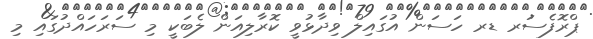
ޕްރޮފެސަރ ޑރ ހަސަން އުގައިލް ވިދާޅުވީ ކޮރާލިއަން ލެބަކީ މި ސަރަހައްދުގައި މި